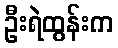
ဦးရဲထွန်းက